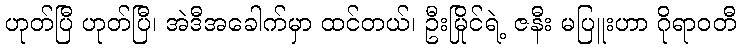
ဟုတ်ပြီ ဟုတ်ပြီ၊ အဲဒီအခေါက်မှာ ထင်တယ်၊ ဦးမြိုင်ရဲ့ ဇနီး မပြူးဟာ ဂိုရာဝတီ